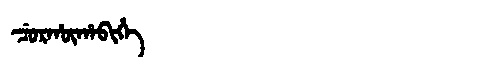
Manchu: ᠴᡠᡵᡥᡡᡥᠠᠪᡳᡥᡝ
Romanization: CURHŪHABIHE